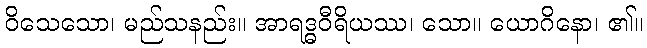
ဝိသေသော၊ မည်သနည်း။ အာရဒ္ဓဝီရိယဿ၊ သော။ ယောဂိနော၊ ၏။